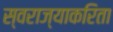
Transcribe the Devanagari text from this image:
स्वराज्याकरिता